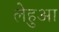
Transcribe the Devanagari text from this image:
लेहुआ